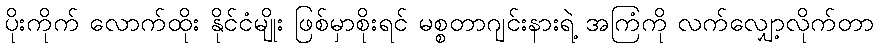
ပိုးကိုက် လောက်ထိုး နိုင်ငံမျိုး ဖြစ်မှာစိုးရင် မစ္စတာဂျင်းနားရဲ့ အကြံကို လက်လျှော့လိုက်တာ